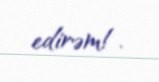
edirəm!.